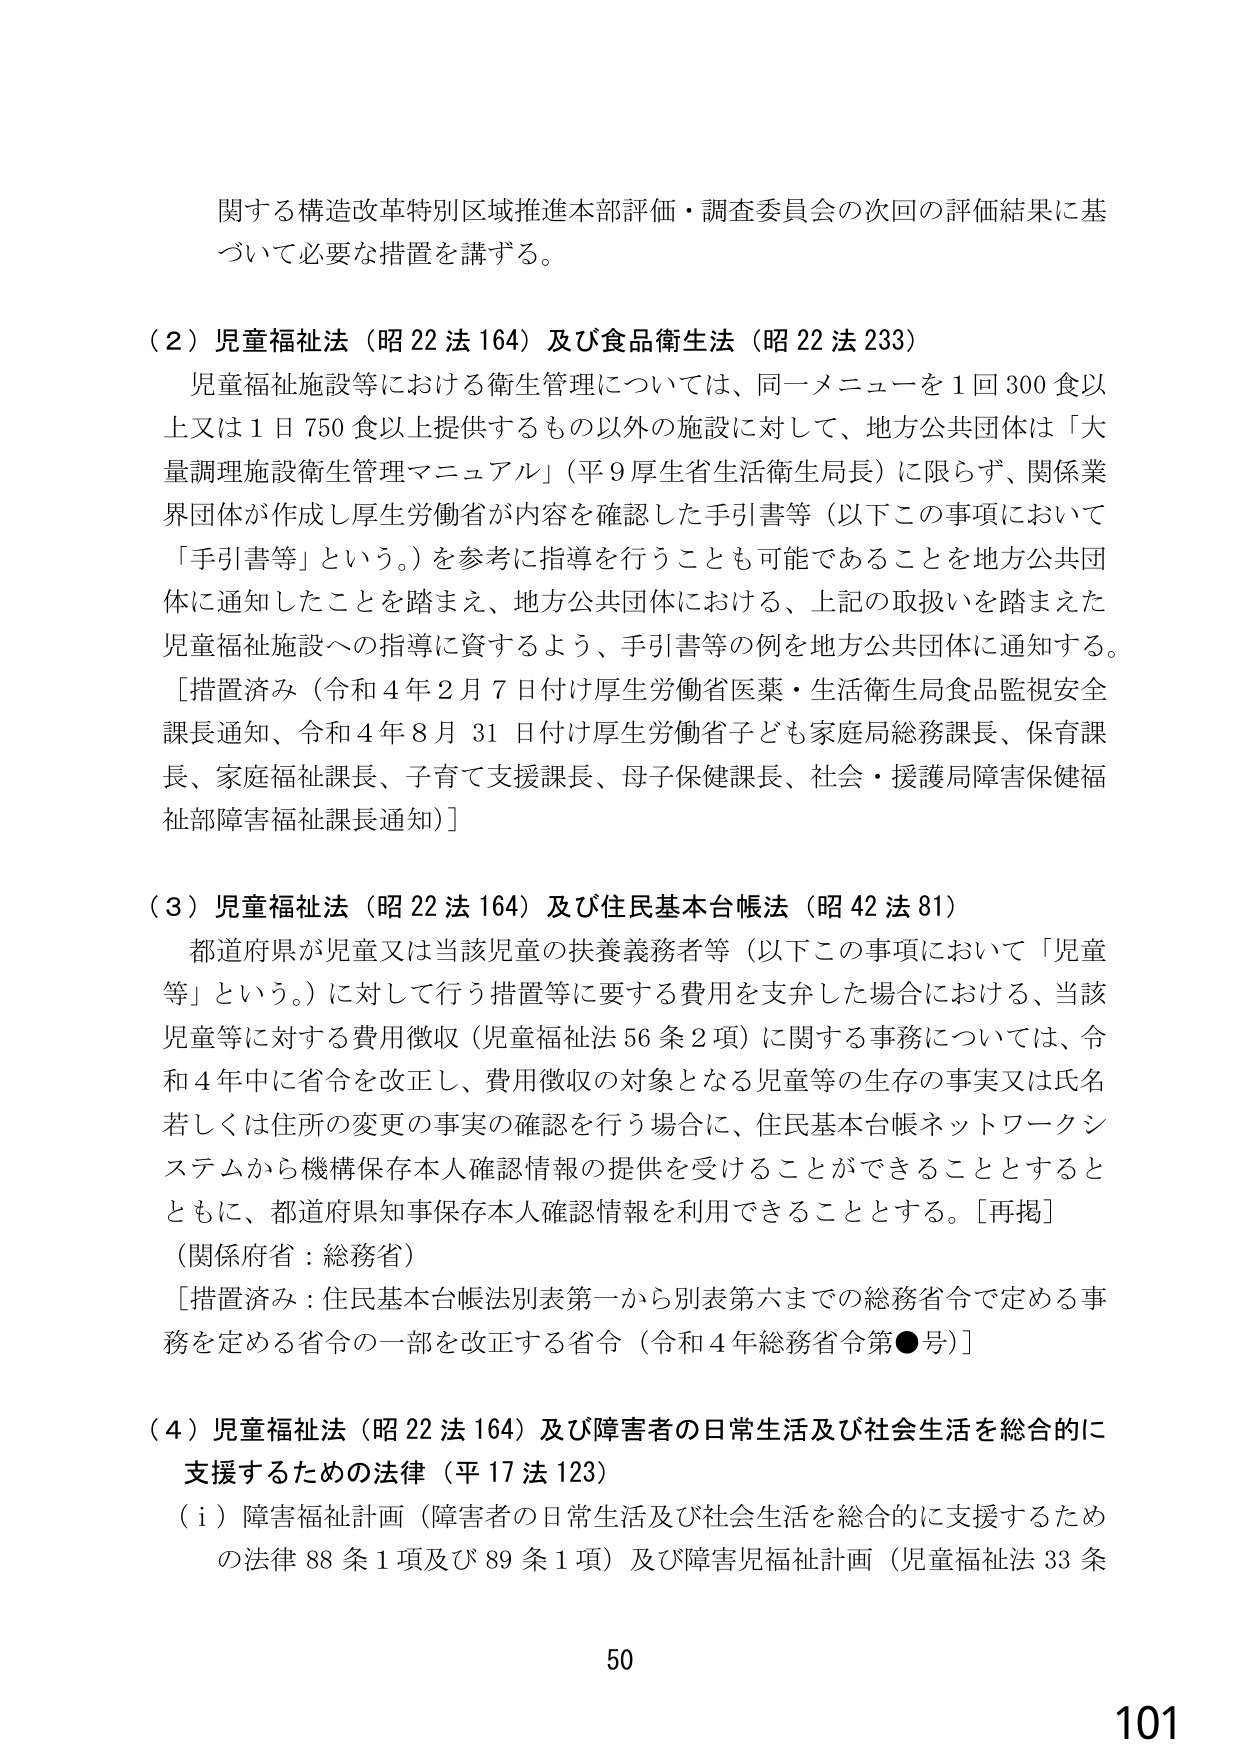
関する構造改革特別区域推進本部評価・調査委員会の次回の評価結果に基づいて必要な措置を講ずる。

（２）児童福祉法（昭22法164）及び食品衛生法（昭22法233）
児童福祉施設等における衛生管理については、同一メニューを1回300食以上又は1日750食以上提供するもの以外の施設に対して、地方公共団体は「大量調理施設衛生管理マニュアル」（平9厚生省生活衛生局長）に限らず、関係業界団体が作成し厚生労働省が内容を確認した手引書等（以下この事項において「手引書等」という。）を参考に指導を行うことも可能であることを地方公共団体に通知したことを踏まえ、地方公共団体における、上記の取扱いを踏まえた児童福祉施設への指導に資するよう、手引書等の例を地方公共団体に通知する。
［措置済み（令和4年2月7日付け厚生労働省医薬・生活衛生局食品監視安全課長通知、令和4年8月31日付け厚生労働省子ども家庭局総務課長、保育課長、家庭福祉課長、子育て支援課長、母子保健課長、社会・援護局障害保健福祉部障害福祉課長通知）］

（３）児童福祉法（昭22法164）及び住民基本台帳法（昭42法81）
都道府県が児童又は当該児童の扶養義務者等（以下この事項において「児童等」という。）に対して行う措置等に要する費用を支弁した場合における、当該児童等に対する費用徴収（児童福祉法56条2項）に関する事務については、令和4年中に省令を改正し、費用徴収の対象となる児童等の生存の事実又は氏名若しくは住所の変更の事実の確認を行う場合に、住民基本台帳ネットワークシステムから機構保存本人確認情報の提供を受けることができることとするとともに、都道府県知事保存本人確認情報を利用できることとする。［再掲］
（関係府省：総務省）
［措置済み：住民基本台帳法別表第一から別表第六までの総務省令で定める事務を定める省令の一部を改正する省令（令和4年総務省令第●号）］

（４）児童福祉法（昭22法164）及び障害者の日常生活及び社会生活を総合的に支援するための法律（平17法123）
（ⅰ）障害福祉計画（障害者の日常生活及び社会生活を総合的に支援するための法律88条1項及び89条1項）及び障害児福祉計画（児童福祉法33条

50
101